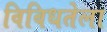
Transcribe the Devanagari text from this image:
विविधतेला